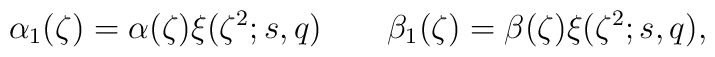
\alpha_1(\zeta)=\alpha(\zeta)\xi(\zeta^2;s,q)\qquad\beta_1(\zeta)=\beta(\zeta)\xi(\zeta^2;s,q),